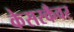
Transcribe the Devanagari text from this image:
केसरकँवर